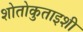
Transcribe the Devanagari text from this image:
शोतोकुताइशी